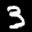
Label: 3